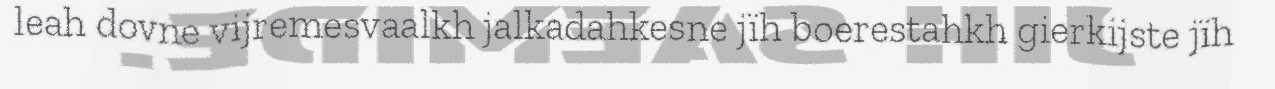
leah dovne vijremesvaalkh jalkadahkesne jïh boerestahkh gierkijste jïh